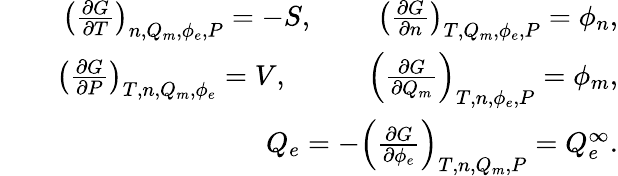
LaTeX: \begin{array}{rlr}&{}&{\left(\frac{\partial G}{\partial T}\right)_{n,Q_{m},\phi_{e},P}=-S,\; \; \; \; \; \; \; \; \left(\frac{\partial G}{\partial n}\right)_{T,Q_{m},\phi_{e},P}=\phi_{n},}\\ &{}&{\left(\frac{\partial G}{\partial P}\right)_{T,n,Q_{m},\phi_{e}}=V,\; \; \; \; \; \; \; \; \; \; \left(\frac{\partial G}{\partial Q_{m}}\right)_{T,n,\phi_{e},P}=\phi_{m},}\\ &{}&{\; \; \; \; Q_{e}=-\left(\frac{\partial G}{\partial\phi_{e}}\right)_{T,n,Q_{m},P}=Q_{e}^{\infty}.}\end{array}